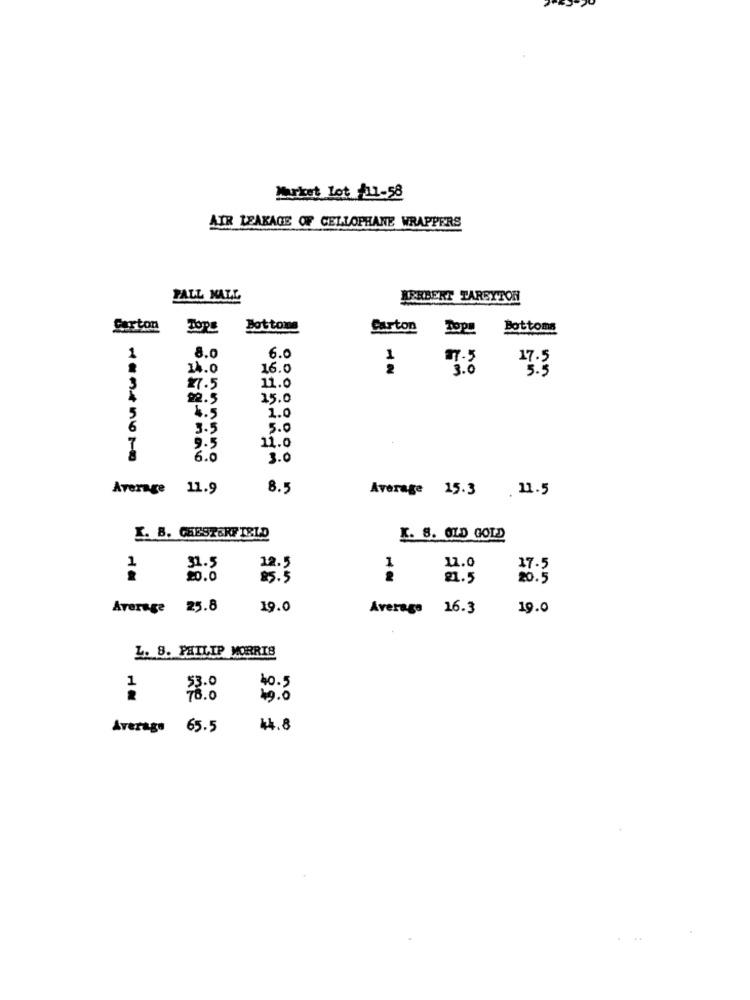
Market lot /11-58
AIR LEAKAGE OF CELLOPHANE WRAPPERS
PALL MALL
HERBERT TARSYTOR
Surton
TOPE
Bottoms
Carton
Top!
Bottoms
1
8.0
6.0
14.0
16.0
7.5
11.0
3
21.5
90.5
15.0
4.5
5
1.0
3.5
5.0
9.5
11.0
6.0
3.0
Average 11.9
8.5
Average 15.3
. 11.5
I. B. CHESTERFIELD
K. 8. OLD GOLD
1
1.0
17.5
21.5
Average 25.8
19.0
Average 16.3
19.0
L. 8. PHILIP MORRIS
40.5
49.0
Average 65.5
44.8